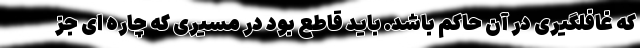
که غافلگیری در آن حاکم باشد. باید قاطع بود در مسیری که چاره ای جز